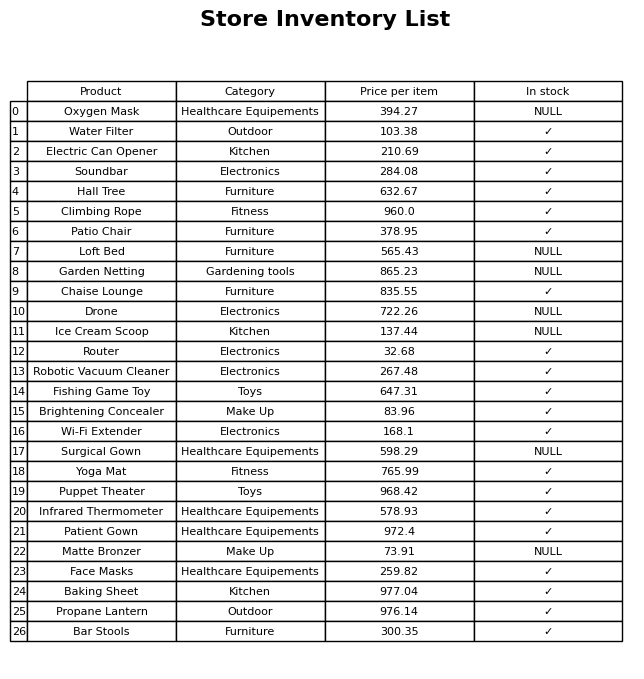
question: What is the price for Chaise Lounge?
answer: The price of Chaise Lounge is 835.55.